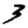
Digit: 3